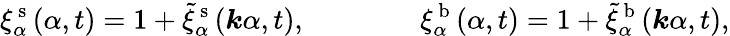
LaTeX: \xi_{\alpha}^{\mathrm{~s~}}(\alpha,t)=1+\tilde{\xi}_{\alpha}^{\mathrm{~s~}}(\boldsymbol k\alpha,t),\qquad\qquad\xi_{\alpha}^{\mathrm{~b~}}(\alpha,t)=1+\tilde{\xi}_{\alpha}^{\mathrm{~b~}}(\boldsymbol k\alpha,t),